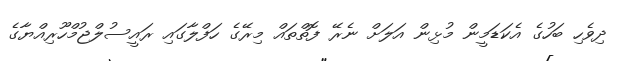
ދިވެހި ބަހުގެ އެކަޑަމީން މުޅިން އަލަށް ނެރޭ ފޮތްތައް މިރޭގެ ހަފްލާގައި ރައީސުލްޖުމްހޫރިއްޔާގެ